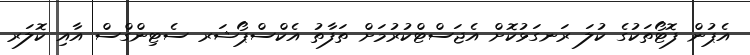
އެޕުން ފޮޓޯތަކުގެ ކުލަ ރަނގަޅުކޮށް އެޖަސްޓްކުރުމަށް ތަފާތު އެކްސްޕޯޝަރ ސެޓިންގްސް އާއި ކޮލަރ